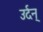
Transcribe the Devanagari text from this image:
उर्दन्